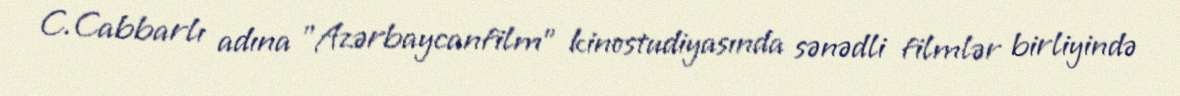
C.Cabbarlı adına "Azərbaycanfilm" kinostudiyasında sənədli filmlər birliyində